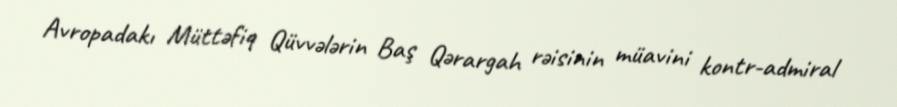
Avropadakı Müttəfiq Qüvvələrin Baş Qərargah rəisinin müavini kontr-admiral